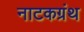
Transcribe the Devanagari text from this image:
नाटकग्रंथ